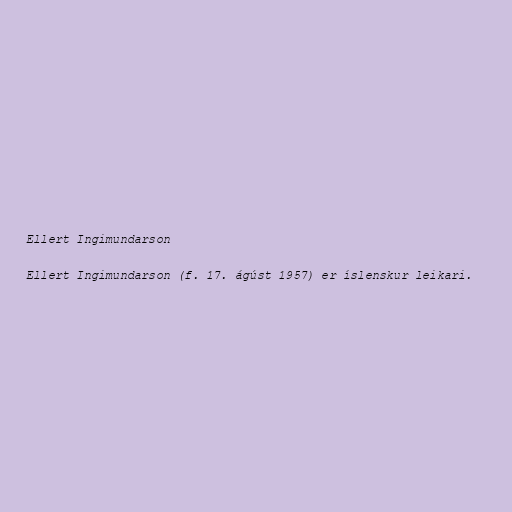
Ellert Ingimundarson

Ellert Ingimundarson (f. 17. ágúst 1957) er íslenskur leikari.